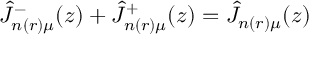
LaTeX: \hat { J } _ { n ( r ) \mu } ^ { - } ( z ) + \hat { J } _ { n ( r ) \mu } ^ { + } ( z ) = \hat { J } _ { n ( r ) \mu } ( z )